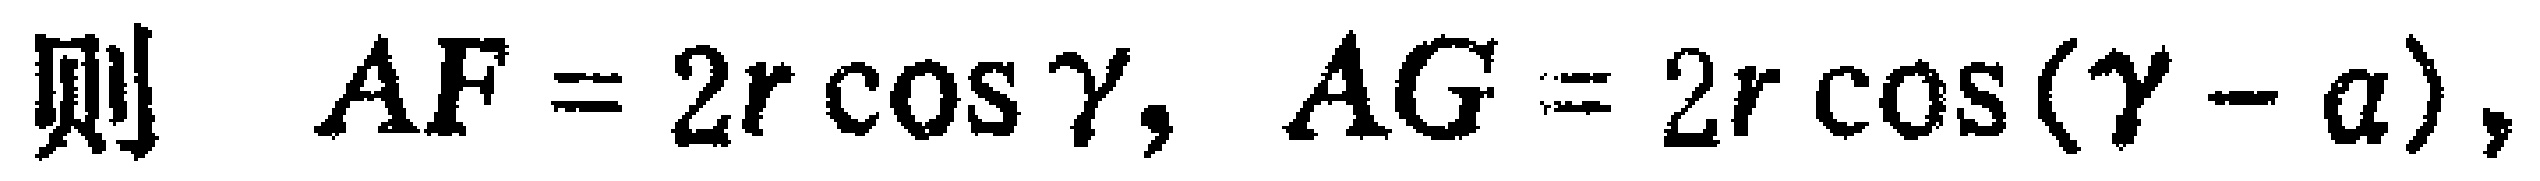
则 \(AF = 2r\cos\gamma, AG = 2r\cos(\gamma - \alpha),\)